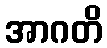
အာဂတိ